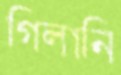
গিলানি